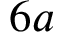
6 a